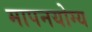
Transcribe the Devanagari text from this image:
मापनयोग्य